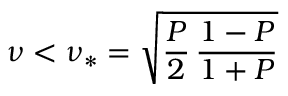
\nu < \nu _ { * } = \sqrt { \frac { P } { 2 } \, \frac { 1 - P } { 1 + P } }